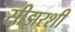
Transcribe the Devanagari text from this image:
सीझरशी